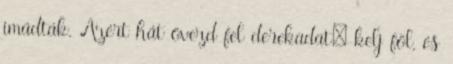
imádták. Azért hát övezd fel derekadat; kelj föl, és